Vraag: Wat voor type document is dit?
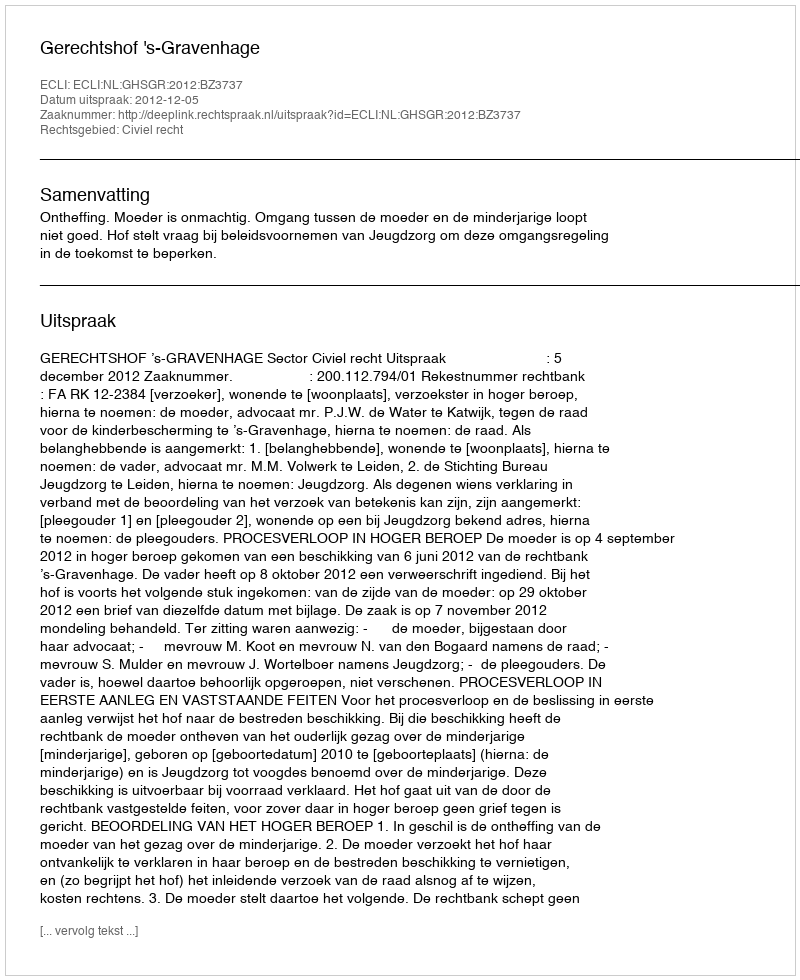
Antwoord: Uitspraak